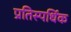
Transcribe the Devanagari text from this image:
प्रतिस्पर्धिक